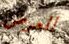
للعرض